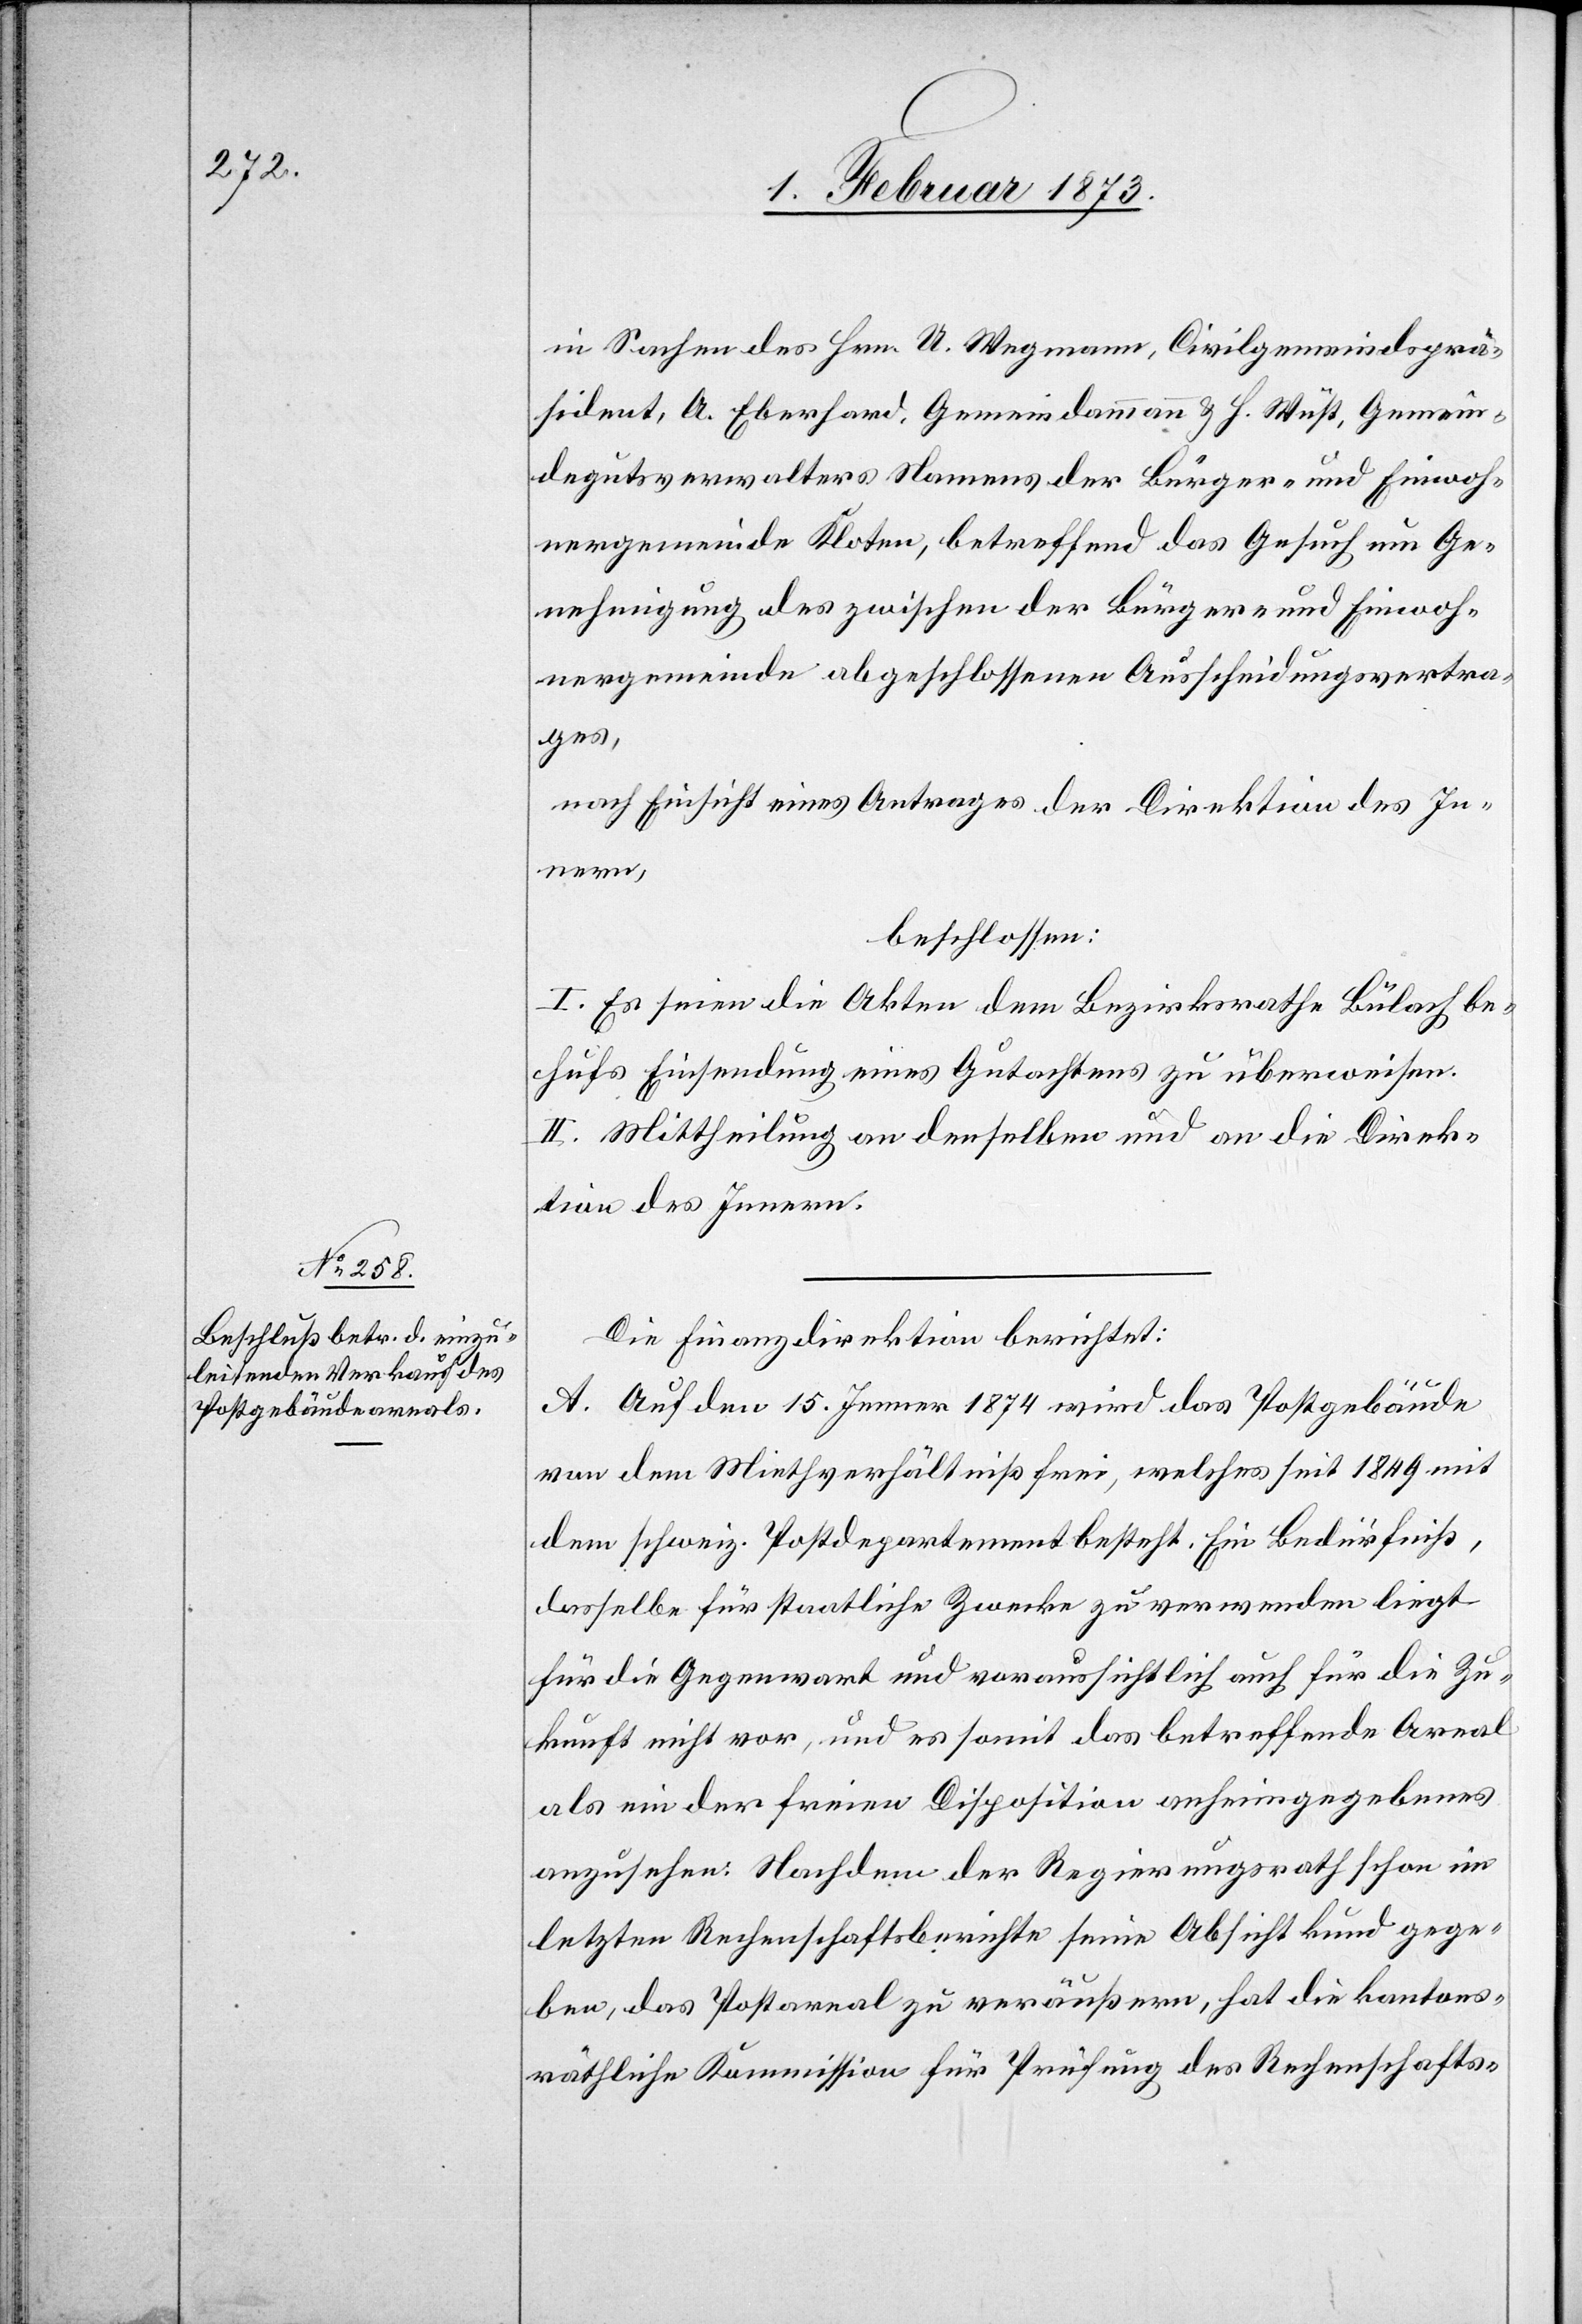
in Sachen des Hrn. U. Wegmann, Civilgemeindsprä¬
sident, A. Eberhard, Gemeindammann u. H. Wüst, Gemein¬
degutsverwalters Namens der Bürger- und Einwoh¬
nergemeinde Kloten, betreffend das Gesuch um Ge¬
nehmigung des zwischen der Bürger und Einwoh¬
nergemeinde abgeschlossenen Ausscheidungsvertra¬
ges,
nach Einsicht eines Antrages der Direktion des In¬
nern,
beschlossen:
I. Es seien die Akten dem Bezirksrathe Bülach be¬
hufs Einsendung eines Gutachtens zu überweisen.
II. Mittheilung an denselben und an die Direk¬
tion des Innern.
Die Finanzdirektion berichtet:
A. Auf den 15. Jenner 1874 wird das Postgebäude
von dem Miethverhältniß frei, welches seit 1849 mit
dem schweiz. Postdepartement besteht. Ein Bedürfniß,
dasselbe für staatliche Zwecke zu verwenden liegt
für die Gegenwart und voraussichtlich auch für die Zu¬
kunft nicht vor, und es [sei] somit das betreffende Areal
als ein der freien Disposition anheimgegebenes
anzusehen: Nachdem der Regierungsrath schon im
letzten Rechenschaftsberichte seine Absicht kund gege¬
ben, das Postareal zu veräußern, hat die kantons¬
räthliche Kommission für Prüfung des Rechenschafts-